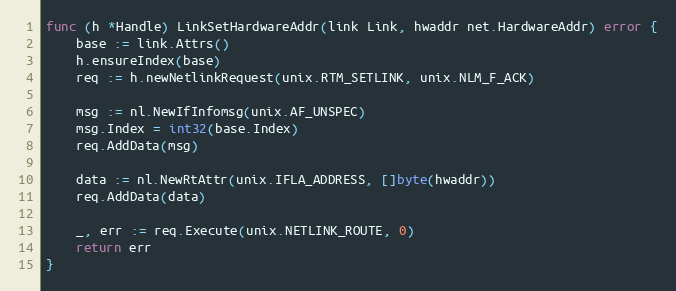
Language: Go
func (h *Handle) LinkSetHardwareAddr(link Link, hwaddr net.HardwareAddr) error {
	base := link.Attrs()
	h.ensureIndex(base)
	req := h.newNetlinkRequest(unix.RTM_SETLINK, unix.NLM_F_ACK)

	msg := nl.NewIfInfomsg(unix.AF_UNSPEC)
	msg.Index = int32(base.Index)
	req.AddData(msg)

	data := nl.NewRtAttr(unix.IFLA_ADDRESS, []byte(hwaddr))
	req.AddData(data)

	_, err := req.Execute(unix.NETLINK_ROUTE, 0)
	return err
}